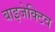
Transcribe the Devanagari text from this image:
बाइजेक्टिव